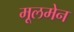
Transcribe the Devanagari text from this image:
मूलमेन